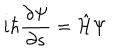
i \hbar \frac { \partial \Psi } { \partial s } = \hat { \cal H } \Psi